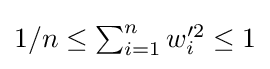
{\textstyle 1/n\leq \sum _{i=1}^{n}{w_{i}'^{2}}\leq 1}